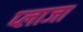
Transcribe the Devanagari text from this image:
प्‍लाजा